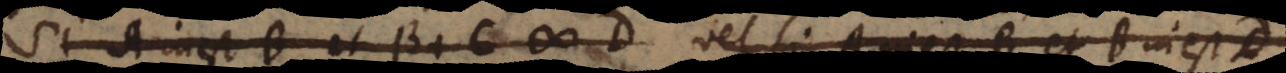
si A inest B et B. C # D vel si A inest B et B inest D